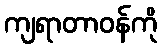
ကျရာတာဝန်ကို